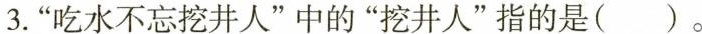
3.”吃水不忘挖井人”中的”挖井人”指的是( )。